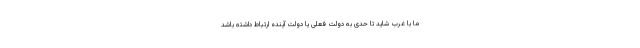
ما با غرب شاید تا حدی به دولت فعلی یا دولت آینده ارتباط داشته باشد